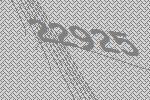
22925